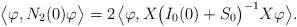
\begin{align*}\big\langle\varphi,N_2(0)\varphi\big\rangle=2\;\!\big\langle\varphi,X\big(I_0(0)+S_0\big)^{-1}X\varphi\big\rangle.\end{align*}